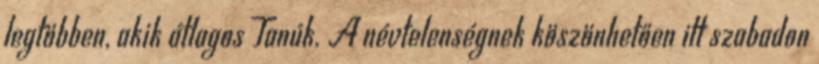
legtöbben, akik átlagos Tanúk. A névtelenségnek köszönhetően itt szabadon